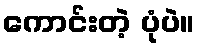
ကောင်းတဲ့ ပုံပဲ။